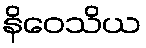
နိဝေသိယ